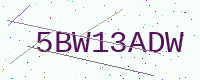
Text: 5BW13ADW